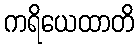
ကရိယေထာတိ